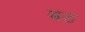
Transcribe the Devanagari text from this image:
बठ